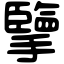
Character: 擥